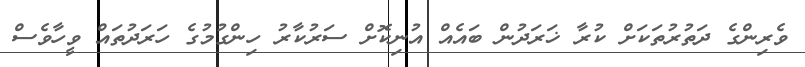
ވެރިންގެ ދަތުރުތަކަށް ކުރާ ޚަރަދުން ބައެއް އުނިކޮށް ސަރުކާރު ހިންގުމުގެ ހަރަދުތައް ވީހާވެސް